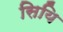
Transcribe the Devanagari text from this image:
सियि